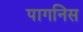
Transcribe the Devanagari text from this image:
पागनिस